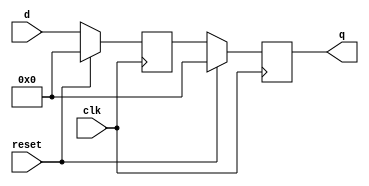
module top_module (
    input clk,
    input reset,            // Synchronous reset
    input [7:0] d,
    output [7:0] q
);

    reg [7:0] q;
    reg [7:0] d_reg;

    always @(posedge clk) begin
        if (reset) begin
            q <= 8'h0;
        end else begin
            q <= d_reg;
        end
    end

    always @(posedge clk) begin
        if (reset) begin
            d_reg <= 8'h0;
        end else begin
            d_reg <= d;
        end
    end

endmodule